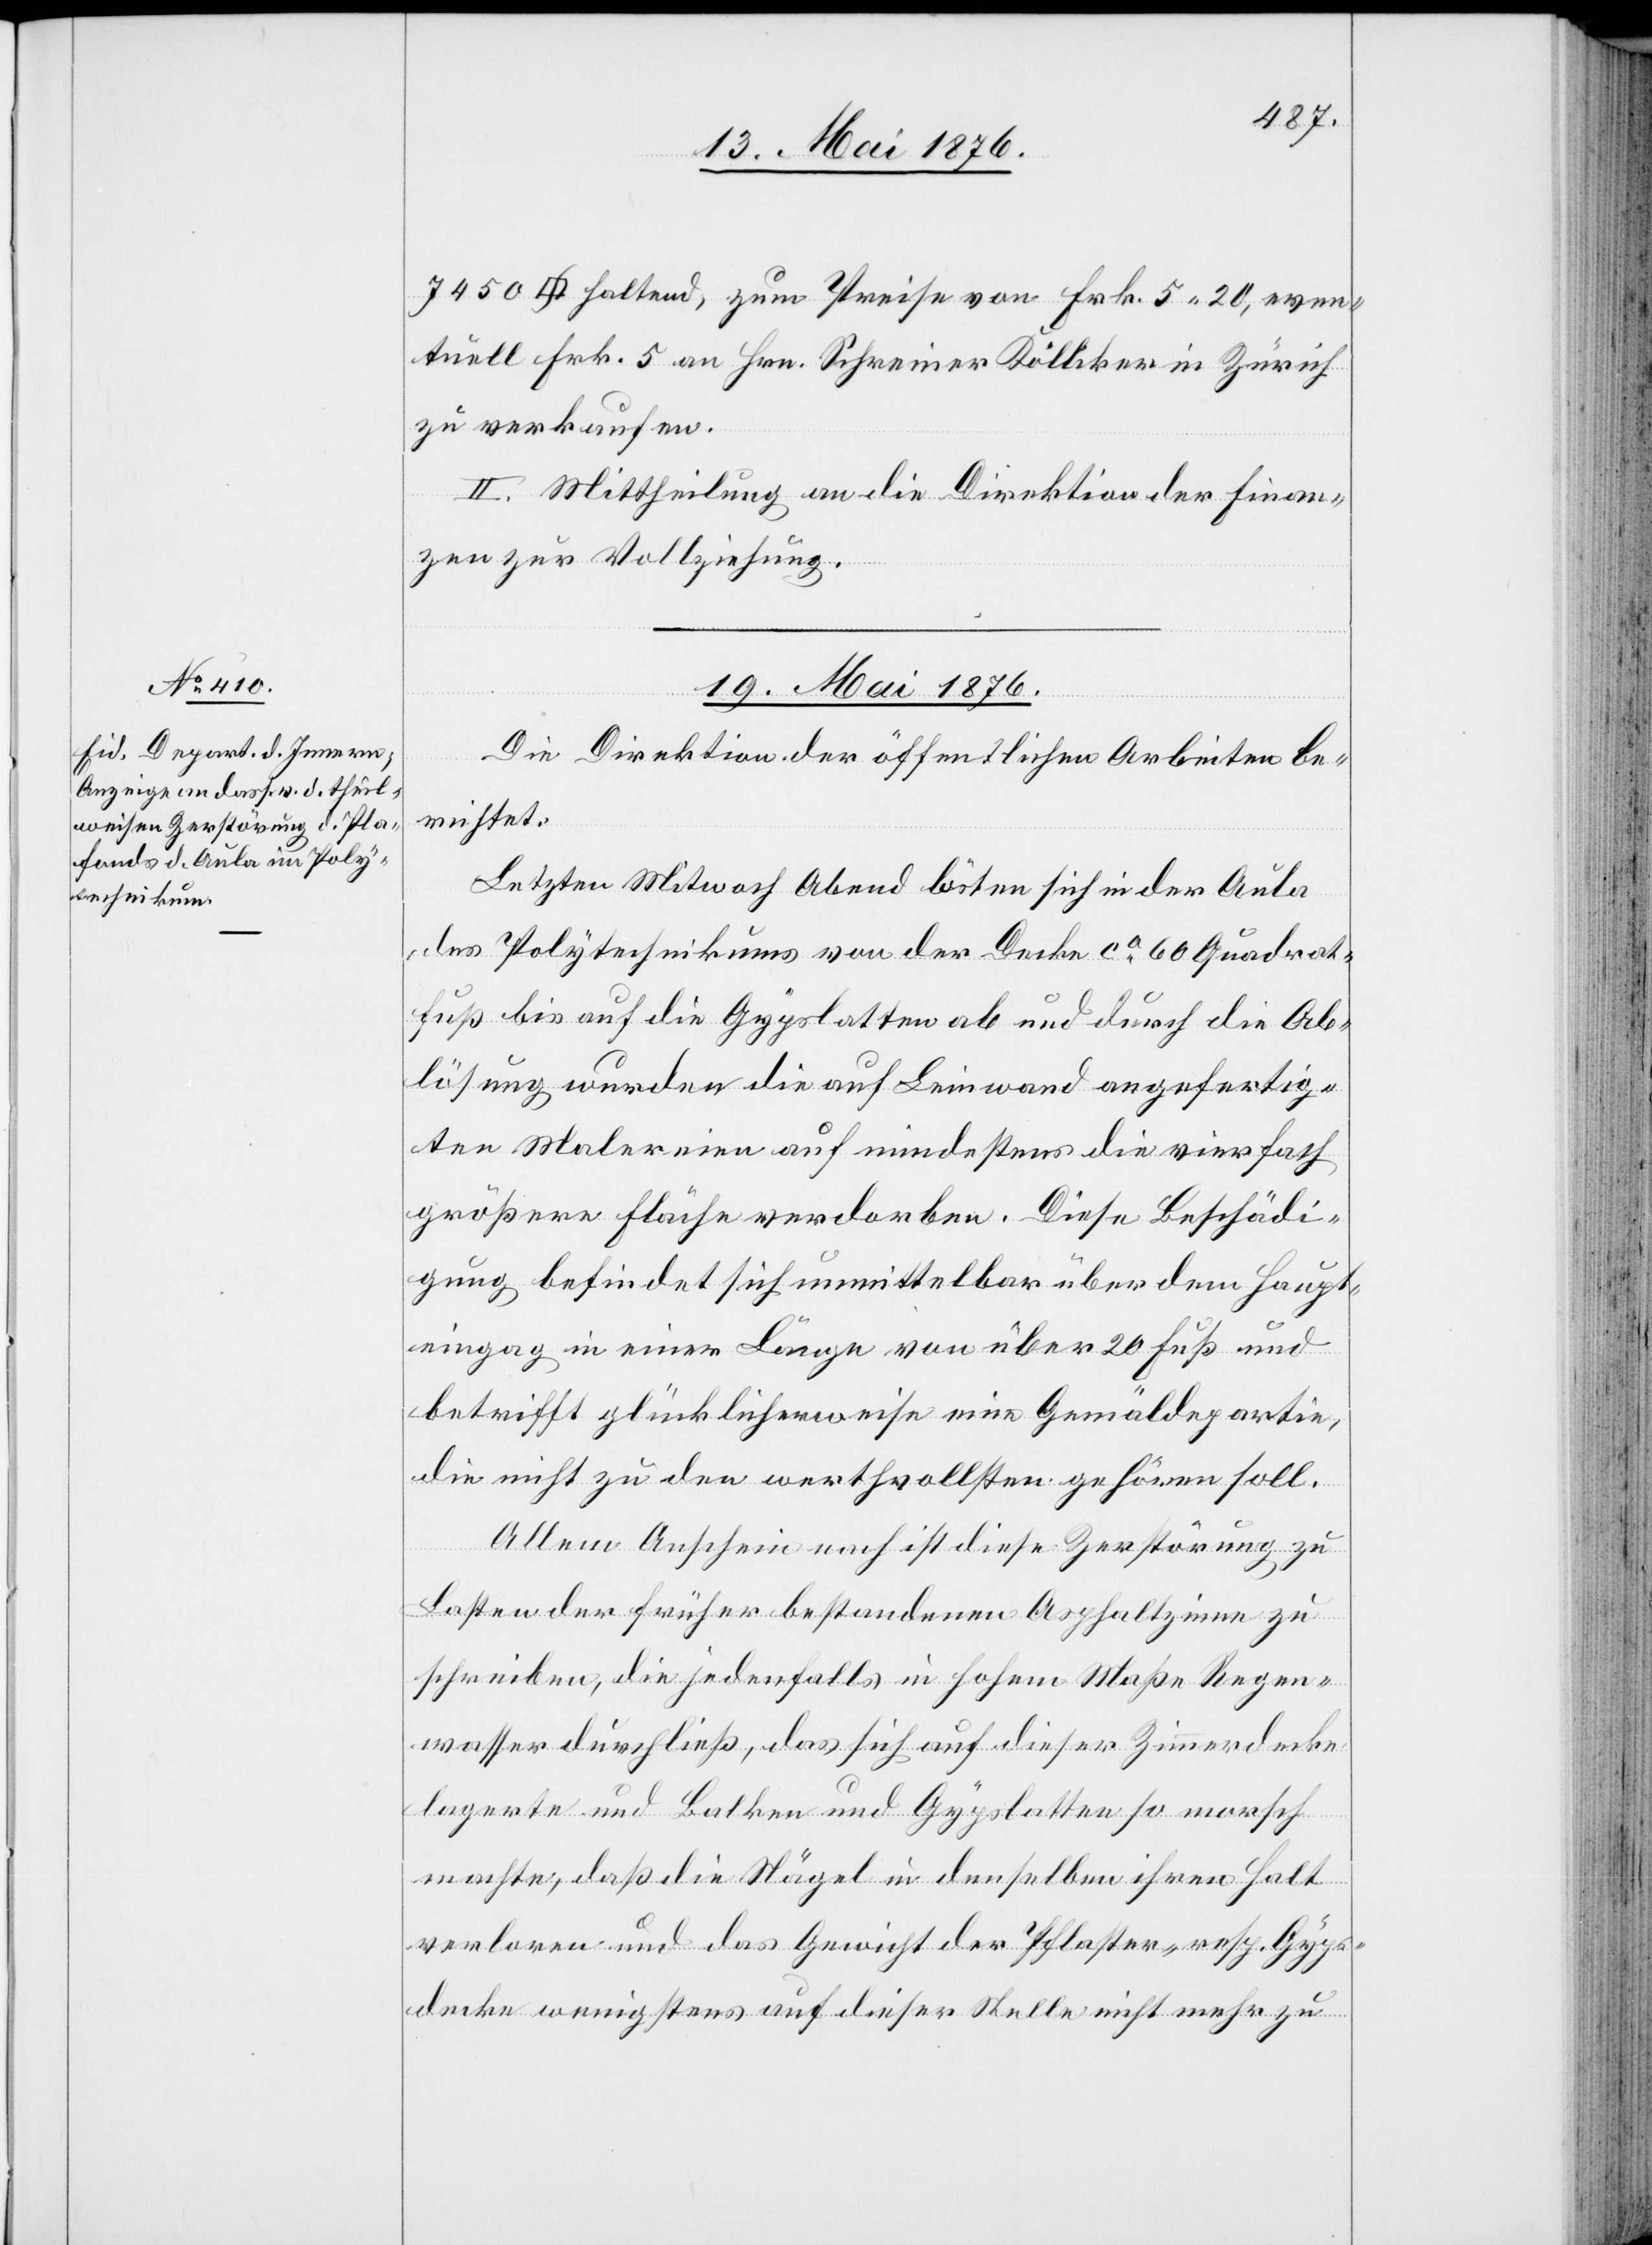
18. Mai 1876.
fuss] haltend, zum Preise von Frk. 5 20, even¬
tuell Frk. 5 an Hrn. Schreiner Kölliker in Zürich
zu verkaufen.
II. Mittheilung an die Direktion der Finan¬
zen zur Vollziehung.
Die Direktion der öffentlichen Arbeiten be¬
richtet:
Letzten Mitwoch [sic!] Abend lösten sich in der Aula
des Polytechnikums von der Decke ca 60 Quadrat¬
fuß bis auf die Gypslatten ab und durch die Ab¬
lösung wurden die auf Leinwand angefertig¬
ten Malereien auf mindestens die vierfach
größere Fläche verdorben. Diese Beschädi¬
gung befindet sich unmittelbar über dem Haupt¬
eingang in einer Länge von über 20 Fuß und
betrifft glücklicherweise eine Gemäldepartie,
die nicht zu den werthvollsten gehören soll.
[Quadrat¬
Allem Anschein nach ist diese Zerstörung zu
Lasten der früher bestandenen Asphaltzinne zu
schreiben, die jedenfalls in hohem Maße Regen¬
wasser durchließ, das sich auf dieser Zimmerdecke
lagerte und Balken und Gypslatten so morsch
machte, daß die Nägel in denselben ihren Halt
verloren und das Gewicht der Pfosten- resp. Gyps¬
decke wenigstens auf dieser Stelle nicht mehr zu